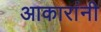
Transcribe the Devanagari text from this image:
आकारांनी